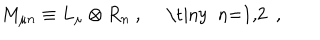
M _ { \mu n } \equiv L _ { \mu } \otimes R _ { n } ~ , ~ ~ \mathrm { \tiny ~ n = 1 , 2 ~ } ~ ,